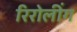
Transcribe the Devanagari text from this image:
रिरोलींग